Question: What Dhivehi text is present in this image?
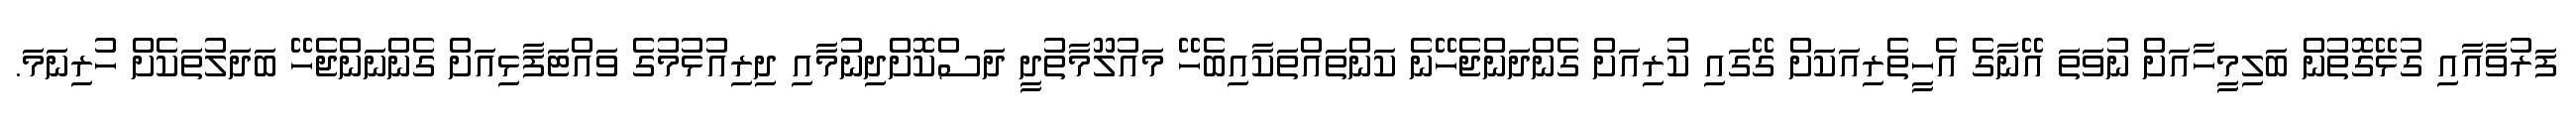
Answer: ފަރުވާއާއި ގުޅޭގޮތުން ބަލިމީހާއަށް ނުވަތަ އޭނާގެ އެހީތެރިއަކަށް ގޭގައި ކުރިއަށް ގެންދަންޖެހޭނެ ކަންތައްތަކާއިބެހޭ މައުލޫމާތުދީ ދަސްކޮށްދިނުމާއި ދިރިއުޅުމުގެ ވައްޓަފާޅިއަށް ގެންނަންޖެހޭ ބަދަލުތަކެށް ހުރިނަމަ.